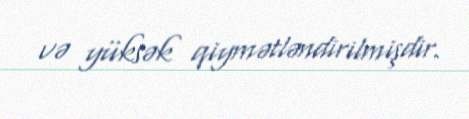
və yüksək qiymətləndirilmişdir.